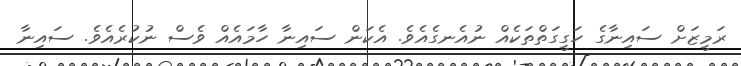
ރަމީޒަށް ސައިނާގެ ހަގީގަތްތަކެއް ނުއެނގެއެވެ. އެކަން ސައިނާ ހާމައެއް ވެސް ނުކުރެއެވެ. ސައިނާ